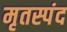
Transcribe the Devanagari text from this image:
मृतस्पंद